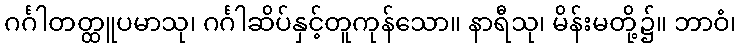
ဂင်္ဂါတတ္ထူပမာသု၊ ဂင်္ဂါဆိပ်နှင့်တူကုန်သော။ နာရီသု၊ မိန်းမတို့၌။ ဘာဝံ၊